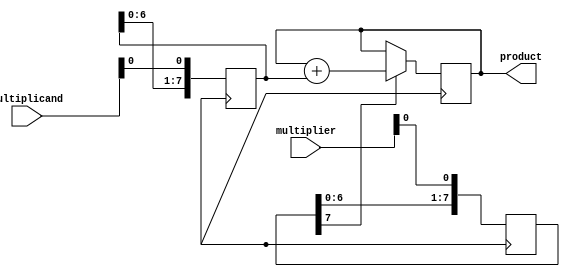
module shift_and_add_multiplier (
    input wire [7:0] multiplicand,
    input wire [7:0] multiplier,
    output reg [15:0] product
);

reg [7:0] shift_reg;
reg [7:0] shifted_multiplier;

always @ (posedge CLK) begin
    shift_reg <= {shift_reg[6:0], multiplicand[0]};
    shifted_multiplier <= {shifted_multiplier[6:0], multiplier[0]};
    
    if (shifted_multiplier[7] == 1) begin
        product <= product + shift_reg;
    end
end

endmodule